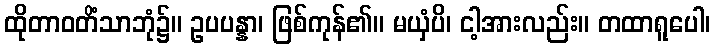
ထိုတာဝတိံသာဘုံ၌။ ဥပပန္နာ၊ ဖြစ်ကုန်၏။ မယှံပိ၊ ငါ့အားလည်း။ တထာရူပေါ၊